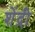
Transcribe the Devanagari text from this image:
शेंद्री